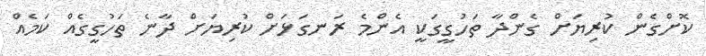
ކޮށްގެން ކުރިޔަށް ގެންދާ ތަހުގީގަކީ އެންމެ ރަނގަޅަށް ކުރިޔަށް ދާނެ ތަހުގީގެއް ކަމެއް